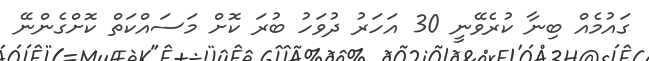
ގައުމެއް ބިނާ ކުރެވޭނީ 30 އަހަރު ދުވަހު ބުރަ ކޮށް މަސައްކަތް ކޮށްގެންނޭ